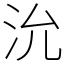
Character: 沇